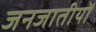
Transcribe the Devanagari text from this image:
जनजातीयों